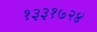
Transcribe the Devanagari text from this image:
१३३१७२४